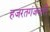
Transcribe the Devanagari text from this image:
हजरतगंजवाले